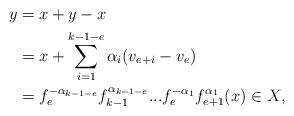
LaTeX: \begin{align*}y&=x+y-x\\&=x+\sum_{i=1}^{k-1-e}\alpha_i(v_{e+i}-v_e)\\&=f_e^{-\alpha_{k-1-e}}f_{k-1}^{\alpha_{k-1-e}}...f_e^{-\alpha_{1}}f_{e+1}^{\alpha_{1}}(x) \in X,\end{align*}